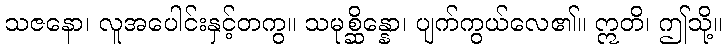
သဇနော၊ လူအပေါင်းနှင့်တကွ။ သမုစ္ဆိန္နော၊ ပျက်ကွယ်လေ၏။ ဣတိ၊ ဤသို့။